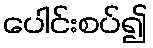
ပေါင်းစပ်၍